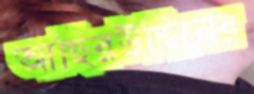
আছিরউদ্দিনের